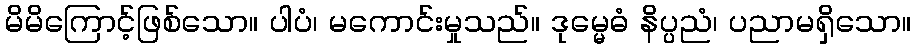
မိမိကြောင့်ဖြစ်သော။ ပါပံ၊ မကောင်းမှုသည်။ ဒုမ္မေဓံ နိပ္ပညံ၊ ပညာမရှိသော။